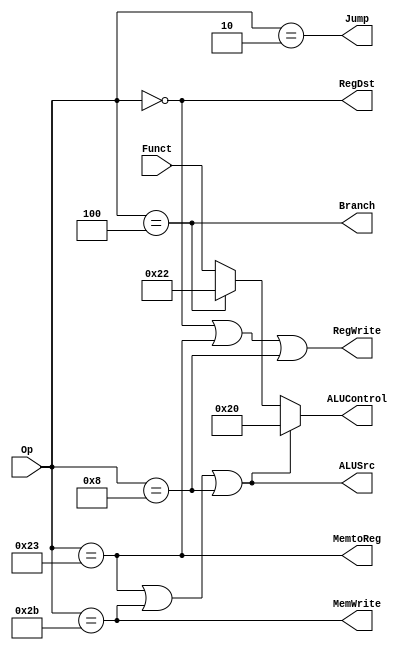
`timescale 1ns / 1ps
//////////////////////////////////////////////////////////////////////////////////
// Company: ETH Zurich
// 
// Design Name: 
// Module Name:    ControlUnit 
// Project Name: 
// Target Devices: 
// Tool versions: 
// Description: 
//
// Dependencies: 
//
// Revision: 
// Revision 0.01 - File Created
// Additional Comments: 
//
//////////////////////////////////////////////////////////////////////////////////
module ControlUnit(
      input  [5:0] Op,
      input  [5:0] Funct,
      output       Jump,
      output       MemtoReg,
      output       MemWrite,
      output       Branch,
      output [5:0] ALUControl,   // Current ALU is 4 bits, this is 6 bit for future
      output       ALUSrc,
      output       RegDst,
      output       RegWrite
    );
	 
//////////////////////////////////////////////////////////////////////////////////
// DEFINE SOME CONSTANTS to make life easier
localparam [5:0] OP_RTYPE = 6'b000000;  // There is an R-Type of Operation
localparam [5:0] OP_LW    = 6'b100011;  // The Load Word operation
localparam [5:0] OP_SW    = 6'b101011;  // The Store Word operation
localparam [5:0] OP_BEQ   = 6'b000100;  // The Branch on Equal operation
localparam [5:0] OP_ADDI  = 6'b001000;  // The ADDimmediate operation
localparam [5:0] OP_J     = 6'b000010;  // The Jump operation

//////////////////////////////////////////////////////////////////////////////////
// DEFINE THE MAIN CONTROL SIGNALS
// The control signals are mostly based on the table 7.5 on page 379
//
// IMPORTANT:
// Map the don't care statements to '0' 
// (The testbench will assume that these have been mapped to '0', although
//  technically any combination of don't cares mapped as '1' would also 
//  execute the lab7a.asm correctly)

// We will write to registers when OP is Rtype or LW or ADDI 

assign RegWrite = (Op == OP_RTYPE) | (Op == OP_LW) | ( Op == OP_ADDI) ; 	 

// Select the input of the ALU
assign ALUSrc   = (Op == OP_LW) | (Op == OP_SW) | (Op == OP_ADDI) ;

// Simple assignments
assign RegDst   = (Op == OP_RTYPE); // The destination is a register
assign Branch   = (Op == OP_BEQ);   // 1: if there is a branch instruction 
assign MemWrite = (Op == OP_SW);    // 1: for Store Word
assign MemtoReg = (Op == OP_LW);	   // 1: when Load Word
assign Jump     = (Op == OP_J);	   // 1: when Jump

//////////////////////////////////////////////////////////////////////////////////
// THE ALU Controls, these are bit more complex
// 
// The book uses a 2 bit ALU word (page 375) 
// The example here is slightly different to allow easier modifications
// in the next laboratory exercises. Essentially the ALU control is equal
// to the Funct part, however for some of the non-R type instructions
// an ALU operation is needed in the background,  both  LW and SW need 
// to calculate the address by adding the 
assign ALUControl = ALUSrc ? 6'b100000 :  // if LW, SW or ADDI, perform an ADD
                    Branch ? 6'b100010 :  // if BEQ, perform a SUB
					             Funct;   // per default assume an R-Type and do what Funct says
	 


endmodule